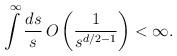
LaTeX: \begin{align*}\int\limits^{\infty }\frac{ds}{s}\, O\left( \frac{1}{s^{d/2-1}}\right) <\infty . \end{align*}